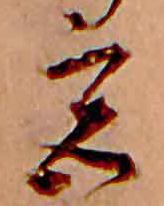
宮